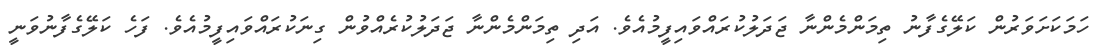
ހަމަކަށަވަރުން ކަލޭގެފާނު ތިމަންމެންނާ ޖަދަލުކުރައްވައިފީމުއެވެ. އަދި ތިމަންމެންނާ ޖަދަލުކުރެއްވުން ގިނަކުރައްވައިފީމުއެވެ. ފަހެ ކަލޭގެފާނުވަނީ